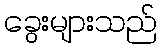
ခွေးများသည်